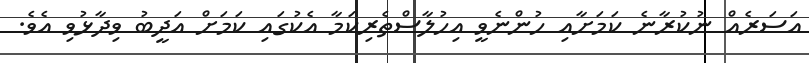
އަސަރެއް ނުކުރާނެ ކަމަށާއި ހުންނެވީ އިހުލާސްތެރިކަމާ އެކުގައި ކަމަށް އަދީބު ވިދާޅުވި އެވެ.